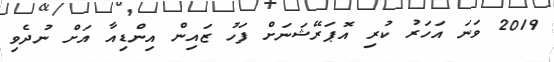
2019 ވަނަ އަހަރު ކުރި އޮޕަރޭޝަނަށް ފަހު ޒައިން އިންޑިއާ އަށް ނުދެވި